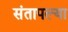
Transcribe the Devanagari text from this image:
संतापल्या